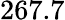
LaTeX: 267.7